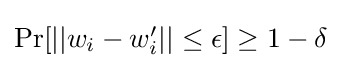
\textstyle \Pr[||w_{i}-w'_{i}||\leq \epsilon ]\geq 1-\delta